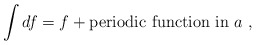
\begin{align*}\int df = f + \mbox{periodic function in} \, \, a \,\, , \end{align*}